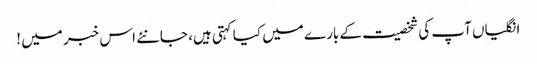
انگلیاں آپ کی شخصیت کے بارے میں کیا کہتی ہیں، جانئے اس خبر میں !